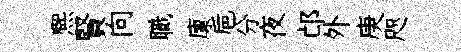
熈賢向職廪巵分夜邙外庚咫